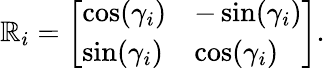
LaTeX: \mathbb{R}_{i}={\left[\begin{array}{ll}{\cos(\gamma_{i})}&{-\sin(\gamma_{i})}\\ {\sin(\gamma_{i})}&{\cos(\gamma_{i})}\end{array}\right]}.